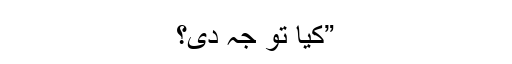
”کیا تو جہ دی؟